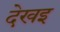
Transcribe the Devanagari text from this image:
देखइ